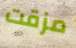
مزقت